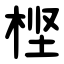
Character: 㭴